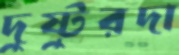
দুষ্টুরদা